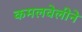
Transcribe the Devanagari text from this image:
कमलवेलीने